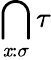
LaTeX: \bigcap_{\mathit{x}:\sigma}\tau